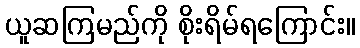
ယူဆကြမည်ကို စိုးရိမ်ရကြောင်း။